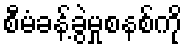
စီမံခန့်ခွဲမှုစနစ်ကို